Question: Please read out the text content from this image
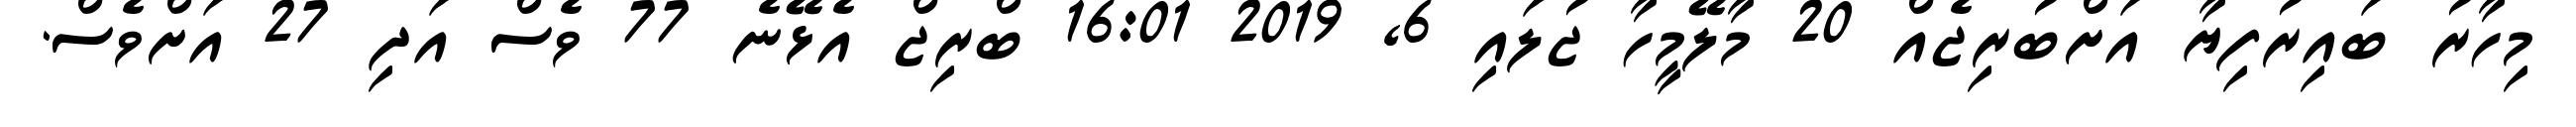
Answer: މިހާރު ބައިރުފިޔާ އަށްބުރިޖެއް 20 މާލޭމީހާ ޖުލައި 6, 2019 16:01 ބްރިޖް އެޅޭނެ 77 ވެސް އަދި 27 އަށްވެސް.